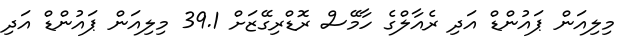
މިލިއަން ޕައުންޑް އަދި ރެއާލްގެ ހާމޭސް ރޮޑްރިގޭޒަށް 39.1 މިލިއަން ޕައުންޑް އަދި